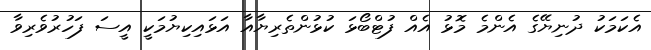
އެކަމަކު ދުނިޔޭގެ އެންމެ މޮޅު އެއް ފުޓްބޯޅަ ކުޅުންތެރިޔާއާ އަޅައިކިޔުމަކީ އީސަ ފަހުރުވެރިވާ